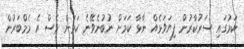
ކަމުގައި ސަރުކާރުން ފިޔަވަޅެއް ނާޅާ ކަމަށް ނުބުނެވޭނެ ކަމަށް ވެސް އެ މެމްބަރުން